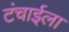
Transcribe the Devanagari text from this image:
टंचाईला